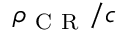
\rho _ { \mathrm { ~ C ~ R ~ } } / c